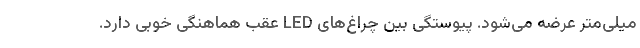
میلی‌متر عرضه می‌شود. پیوستگی بین چراغ‌های LED عقب هماهنگی خوبی دارد.